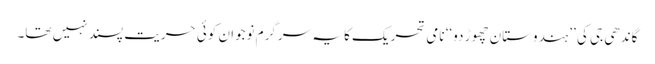
گاندھی جی کی ’’ہندوستان چھوڑ دو‘‘ نامی تحریک کا یہ سرگرم نوجوان کوئی حریت پسند نہیں تھا۔